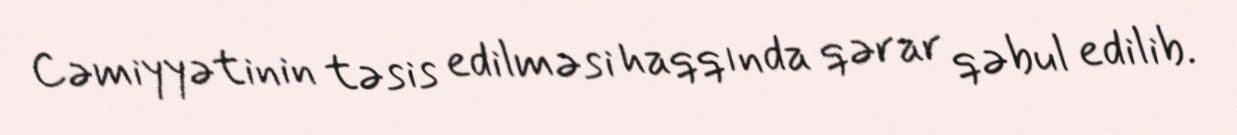
Cəmiyyətinin təsis edilməsi haqqında qərar qəbul edilib.